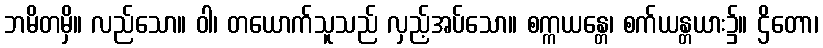
ဘမိတမှိ။ လည်သော။ ဝါ၊ တယောက်သူသည် လှည့်အပ်သော။ စက္ကယန္တေ၊ စက်ယန္တယား၌။ ဌိတော၊